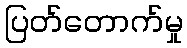
ပြတ်တောက်မှု